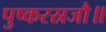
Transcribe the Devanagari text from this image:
पुष्करस्रजौ॥